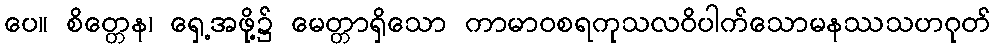
ပေ။ စိတ္တေန၊ ရှေ့အဖို့၌ မေတ္တာရှိသော ကာမာဝစရကုသလဝိပါက်သောမနဿသဟဂုတ်